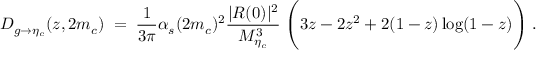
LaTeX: { D _ { g \rightarrow \eta _ { c } } ( z , 2 m _ { c } ) \; = \; { \frac { 1 } { 3 \pi } } \alpha _ { s } ( 2 m _ { c } ) ^ { 2 } { \frac { | R ( 0 ) | ^ { 2 } } { M _ { \eta _ { c } } ^ { 3 } } } \; \Bigg ( 3 z - 2 z ^ { 2 } + 2 ( 1 - z ) \log ( 1 - z ) \Bigg ) \; . }